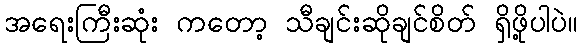
အရေးကြီးဆုံး ကတော့ သီချင်းဆိုချင်စိတ် ရှိဖို့ပါပဲ။